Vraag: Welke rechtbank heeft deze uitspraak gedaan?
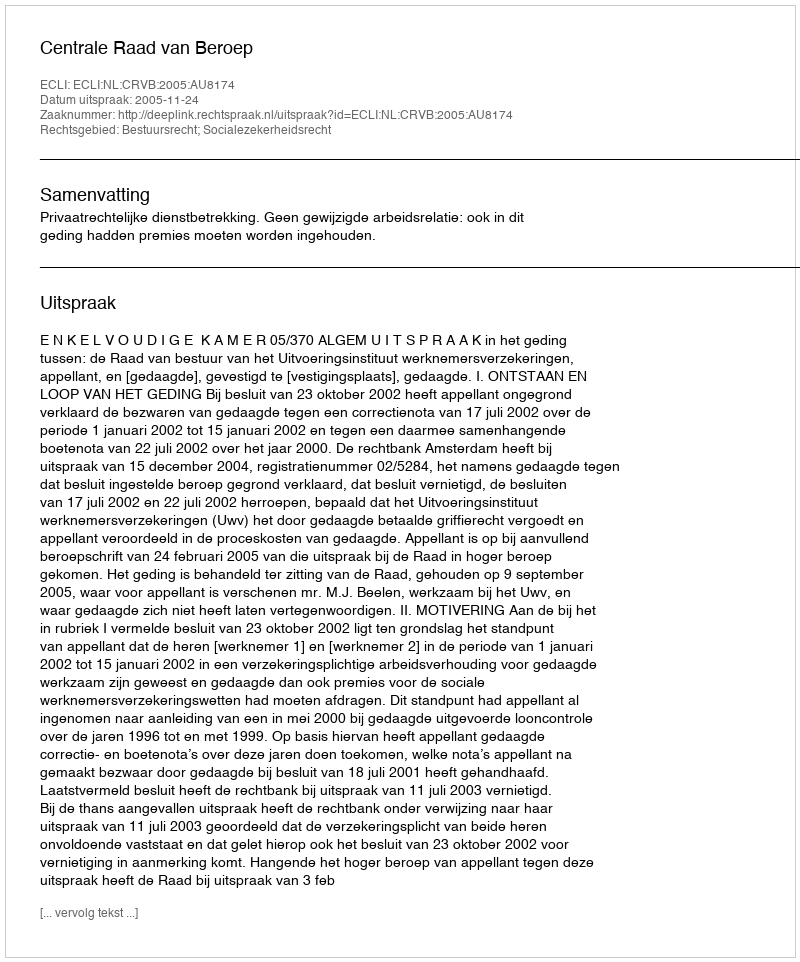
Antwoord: Centrale Raad van Beroep